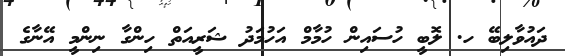
ދައުވާލިބޭ ހ. ލޮބީ ހުސައިން ހުމާމް އަހުމަދު ޝަރީއަތް ހިންގާ ނިންމީ އޭނާގެ